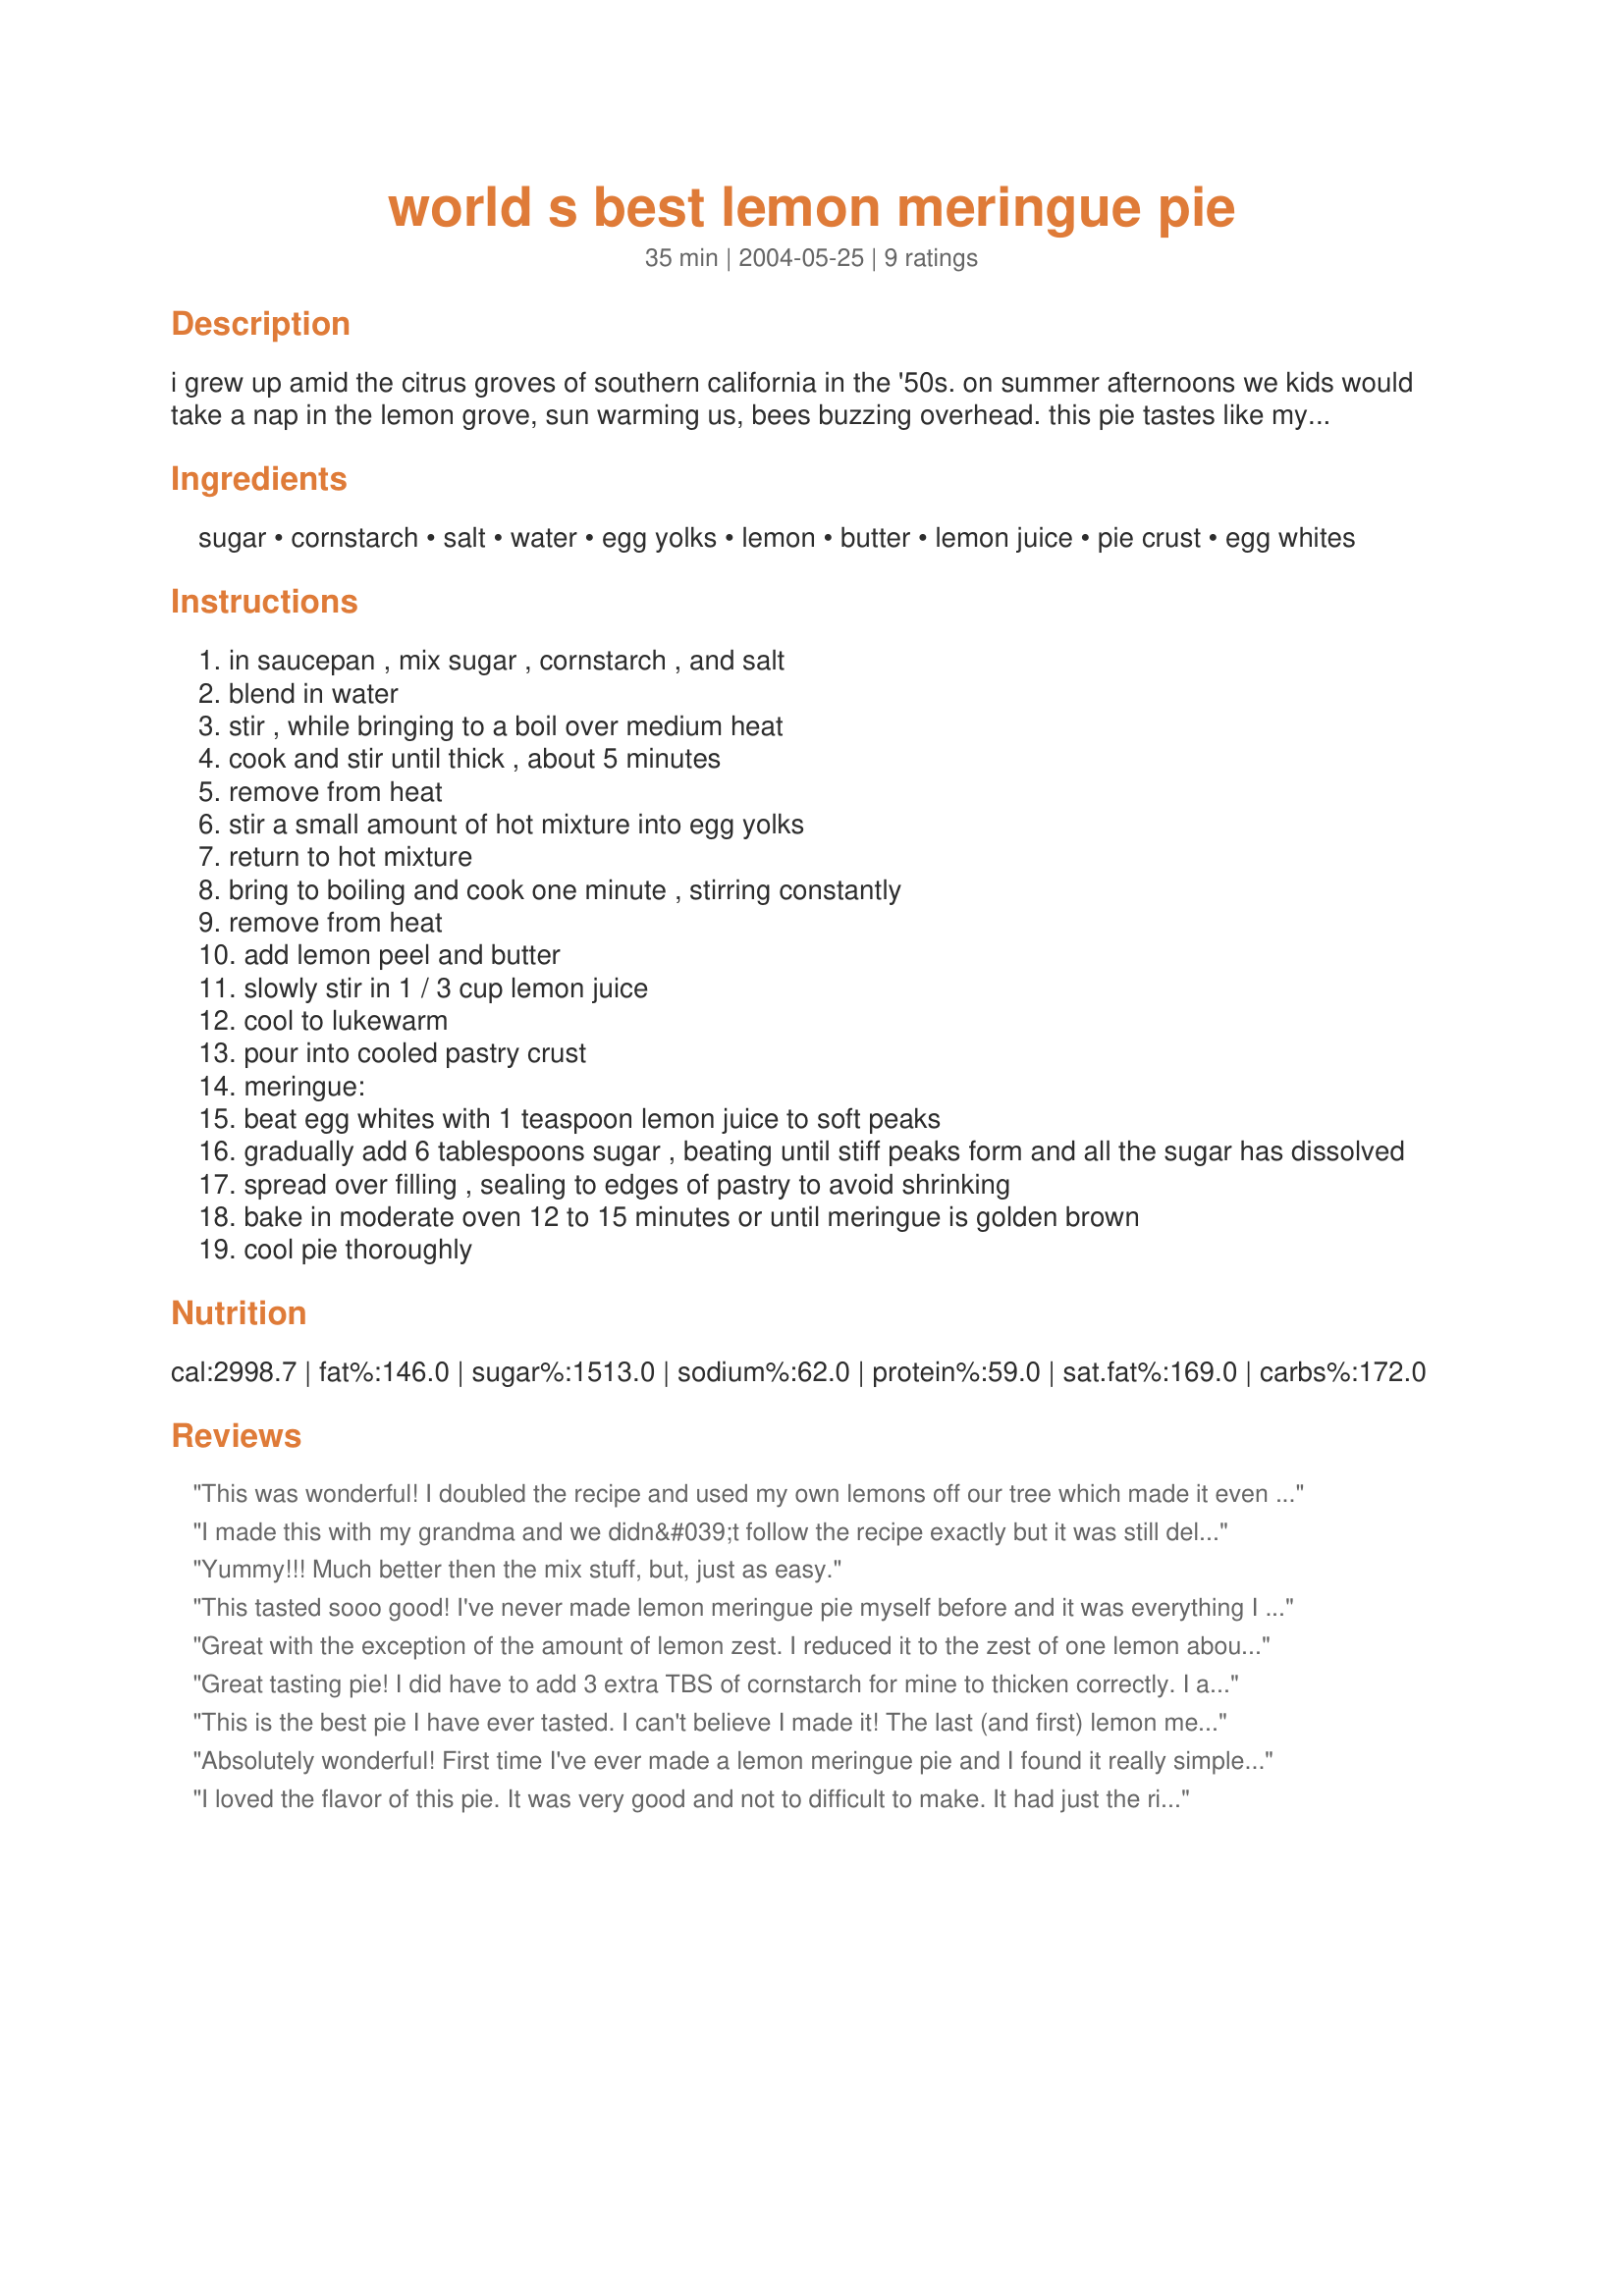
world s best lemon meringue pie
Preparation time: 35 minutes

i grew up amid the citrus groves of southern california in the '50s. on summer afternoons we kids would take a nap in the lemon grove, sun warming us, bees buzzing overhead. this pie tastes like my dreams there!

Ingredients:
sugar, cornstarch, salt, water, egg yolks, lemon, butter, lemon juice, pie crust, egg whites

Steps:
in saucepan , mix sugar , cornstarch , and salt
blend in water
stir , while bringing to a boil over medium heat
cook and stir until thick , about 5 minutes
remove from heat
stir a small amount of hot mixture into egg yolks
return to hot mixture
bring to boiling and cook one minute , stirring constantly
remove from heat
add lemon peel and butter
slowly stir in 1 / 3 cup lemon juice
cool to lukewarm
pour into cooled pastry crust
meringue:
beat egg whites with 1 teaspoon lemon juice to soft peaks
gradually add 6 tablespoons sugar , beating until stiff peaks form and all the sugar has dissolved
spread over filling , sealing to edges of pastry to avoid shrinking
bake in moderate oven 12 to 15 minutes or until meringue is golden brown
cool pie thoroughly

Reviews:
This was wonderful! I doubled the recipe and used my own lemons off our tree which made it even better. :)

Thank you for sharing
Laurel in Sun City, AZ
I made this with my grandma and we didn&#039;t follow the recipe exactly but it was still delicious! ;P
Yummy!!! Much better then the mix stuff, but, just as easy.
This tasted sooo good! I've never made lemon meringue pie myself before and it was everything I was hoping for...tangy and not too sweet, just perfect!
Great with the exception of the amount of lemon zest. I reduced it to the zest of one lemon about 1 tsp. and it came out much better.
Great tasting pie! I did have to add 3 extra TBS of cornstarch for mine to thicken correctly. I also added more lemon juice because we love lemons. I omitted the lemon juice from the meringue because it wouldn&#039;t peak when I put the lemon juice in. This pie was enjoyed by all
This is the best pie I have ever tasted. I can't believe I made it! The last (and first) lemon meringue pie I made was with another recipe and was a runny disaster. This pie is perfect in every way.
Absolutely wonderful! First time I've ever made a lemon meringue pie and I found it really simple to make and the filling comes out so smooth and creamy. No problem with a runny filling here! I added a little more lemon juice for a stronger lemon flavor and it was a big hit in the household! :) definitely a keeper!
I loved the flavor of this pie. It was very good and not to difficult to make. It had just the right tang for me.
This is a keeper
